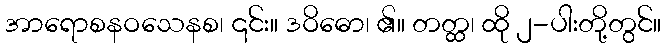
အာရောစနဝသေနစ၊ ၎င်း။ ဒဝိဓော၊ ၏။ တတ္ထ၊ ထို ၂-ပါးတို့တွင်။